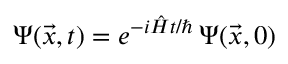
\Psi ( \vec { x } , t ) = e ^ { - i \hat { H } t / \hbar } \, \Psi ( \vec { x } , 0 )